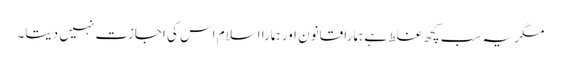
مگر یہ سب کچھ غلط ہے ہمارا قانون اور ہمارا اسلام اس کی اجازت نہیں دیتا۔